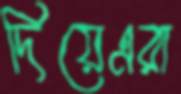
দিয়েএরা